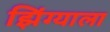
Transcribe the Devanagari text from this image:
झिंग्याला